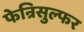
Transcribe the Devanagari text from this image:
फेन्रिसुल्फर